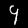
Label: 9